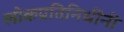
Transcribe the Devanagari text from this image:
लोकप्रतिनिधींनी